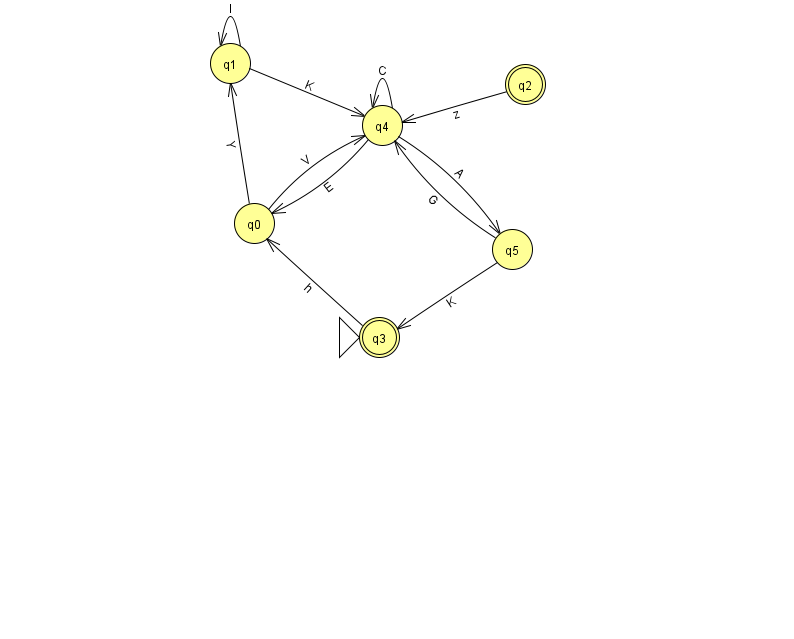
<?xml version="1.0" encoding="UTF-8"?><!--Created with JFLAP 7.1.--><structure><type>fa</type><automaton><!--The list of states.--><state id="0" name="q0"><x>254.0</x><y>210.0</y></state><state id="1" name="q1"><x>230.0</x><y>50.0</y></state><state id="2" name="q2"><x>525.0</x><y>71.0</y><final/></state><state id="3" name="q3"><x>379.0</x><y>324.0</y><initial/><final/></state><state id="4" name="q4"><x>382.0</x><y>112.0</y></state><state id="5" name="q5"><x>512.0</x><y>236.0</y></state><!--The list of transitions.--><transition><from>5</from><to>4</to><read>G</read></transition><transition><from>1</from><to>4</to><read>K</read></transition><transition><from>4</from><to>4</to><read>C</read></transition><transition><from>5</from><to>3</to><read>K</read></transition><transition><from>4</from><to>5</to><read>A</read></transition><transition><from>0</from><to>1</to><read>Y</read></transition><transition><from>2</from><to>4</to><read>z</read></transition><transition><from>1</from><to>1</to><read>l</read></transition><transition><from>4</from><to>0</to><read>E</read></transition><transition><from>0</from><to>4</to><read>V</read></transition><transition><from>3</from><to>0</to><read>h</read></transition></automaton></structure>